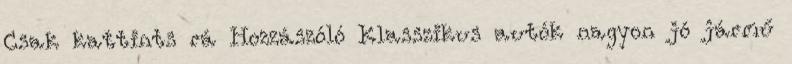
Csak kattints rá Hozzászóló Klasszikus autók nagyon jó jármű